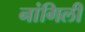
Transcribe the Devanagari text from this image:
नांगिली